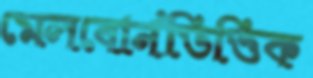
মেলবোর্নভিত্তিক